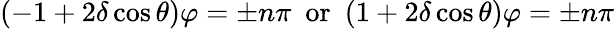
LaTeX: (-1+2\delta\cos{\theta})\varphi=\pm n\pi~~\textrm{or}~~(1+2\delta\cos{\theta})\varphi=\pm n\pi